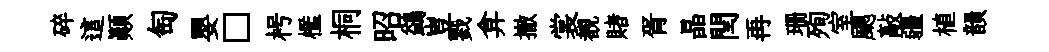
碎這顚匋嬰□枵檻桐昭鷁豈戮弇撤裳覩賭胥晶閏再珊殉室颸敲疆植韻